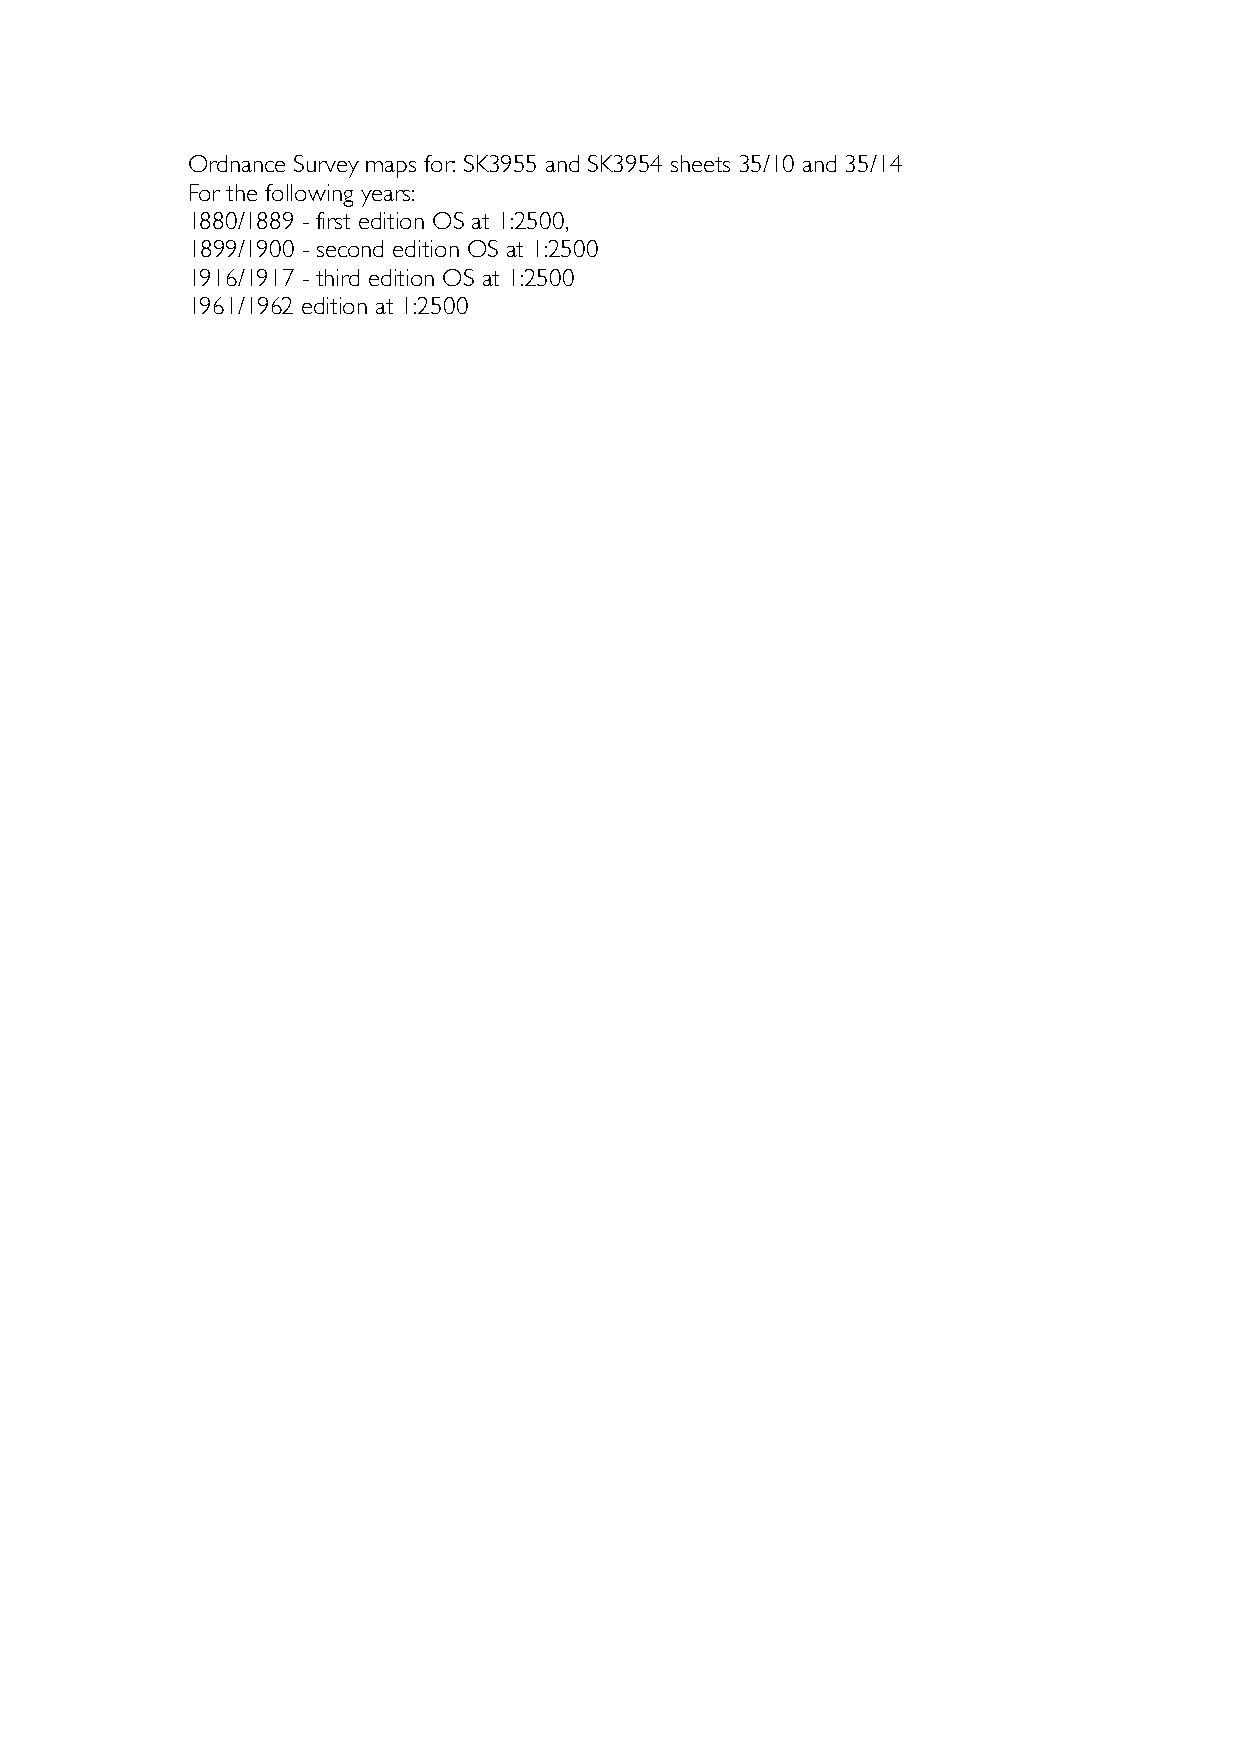
Ordnance Survey maps for: SK3955 and SK3954 sheets 35/10 and 35/14
 For the following years:
 1880/1889 - first edition OS at 1:2500,
 1899/1900 - second edition OS at 1:2500
 1916/1917 - third edition OS at 1:2500
 1961/1962 edition at 1:2500